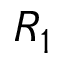
R _ { 1 }